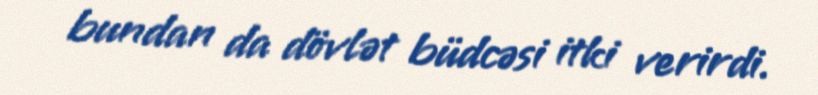
bundan da dövlət büdcəsi itki verirdi.